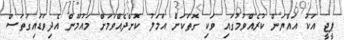
ޕީޖީ އަކު އައްޔަން ކުރެއްވުމުގައި ވަކި ގޮތަކަށް އަމަލު ކޮށްދެއްވުމަށް މައުމޫން އެދިވަޑައިގަތަސް